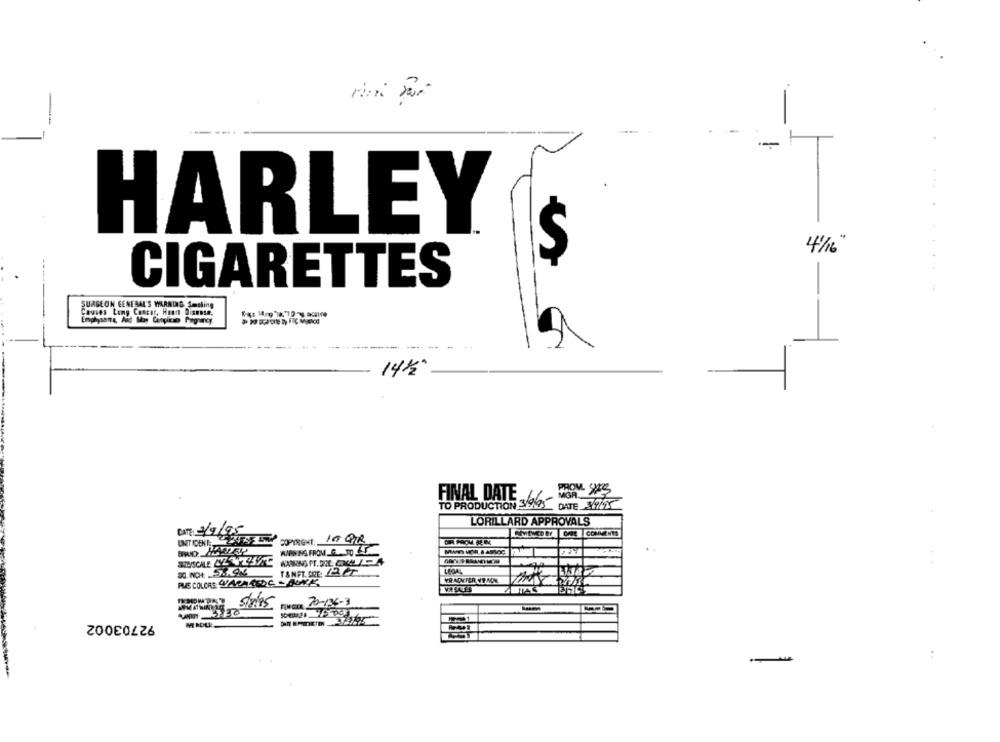
HARLEY
4/16"
CIGARETTES
-
SURGEON GENERAL'S WARNING Smeling
Causes Lung Concar, Heart Disease.
Emphysema, And May Canplican Pagney
..
14/
PROM 945
FINAL DATE
MGR
TO PRODUCTION 31945
DATE 31945
LORILLARD APPROVALS
DATE: 3/9/95
COPYRIGHT:
10 GR.
DIR FROM BEI
WARNING FROM. A.TO 5
T&NFT. CRE. 2.CT
VR ACHTER VE MON.
PUS COLORS VARALTIDC - BLACK
stales
92703002
-